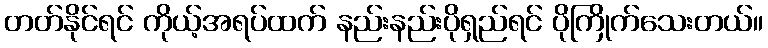
တတ်နိုင်ရင် ကိုယ့်အရပ်ထက် နည်းနည်းပိုရှည်ရင် ပိုကြိုက်သေးတယ်။